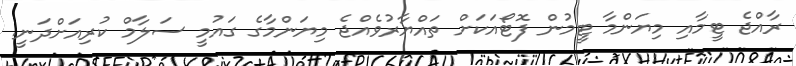
ރާއްޖެ ޓީމާއި މިޔަންމާ ޓީމުން ފޮޓޯއަކަށް ތައްޔާރުވެއްޖެ މިޔަންމާގެ ގައުމީ ސަލާމް ކުރިއަށްދަނީ.